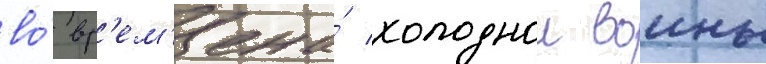
во́ вр'ем'ена́ холоднои воины